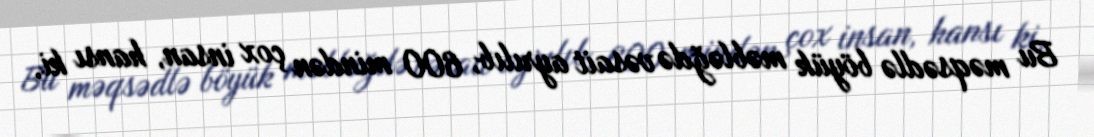
Bu məqsədlə böyük məbləğdə vəsait ayrılıb, 600 mindən çox insan, hansı ki,